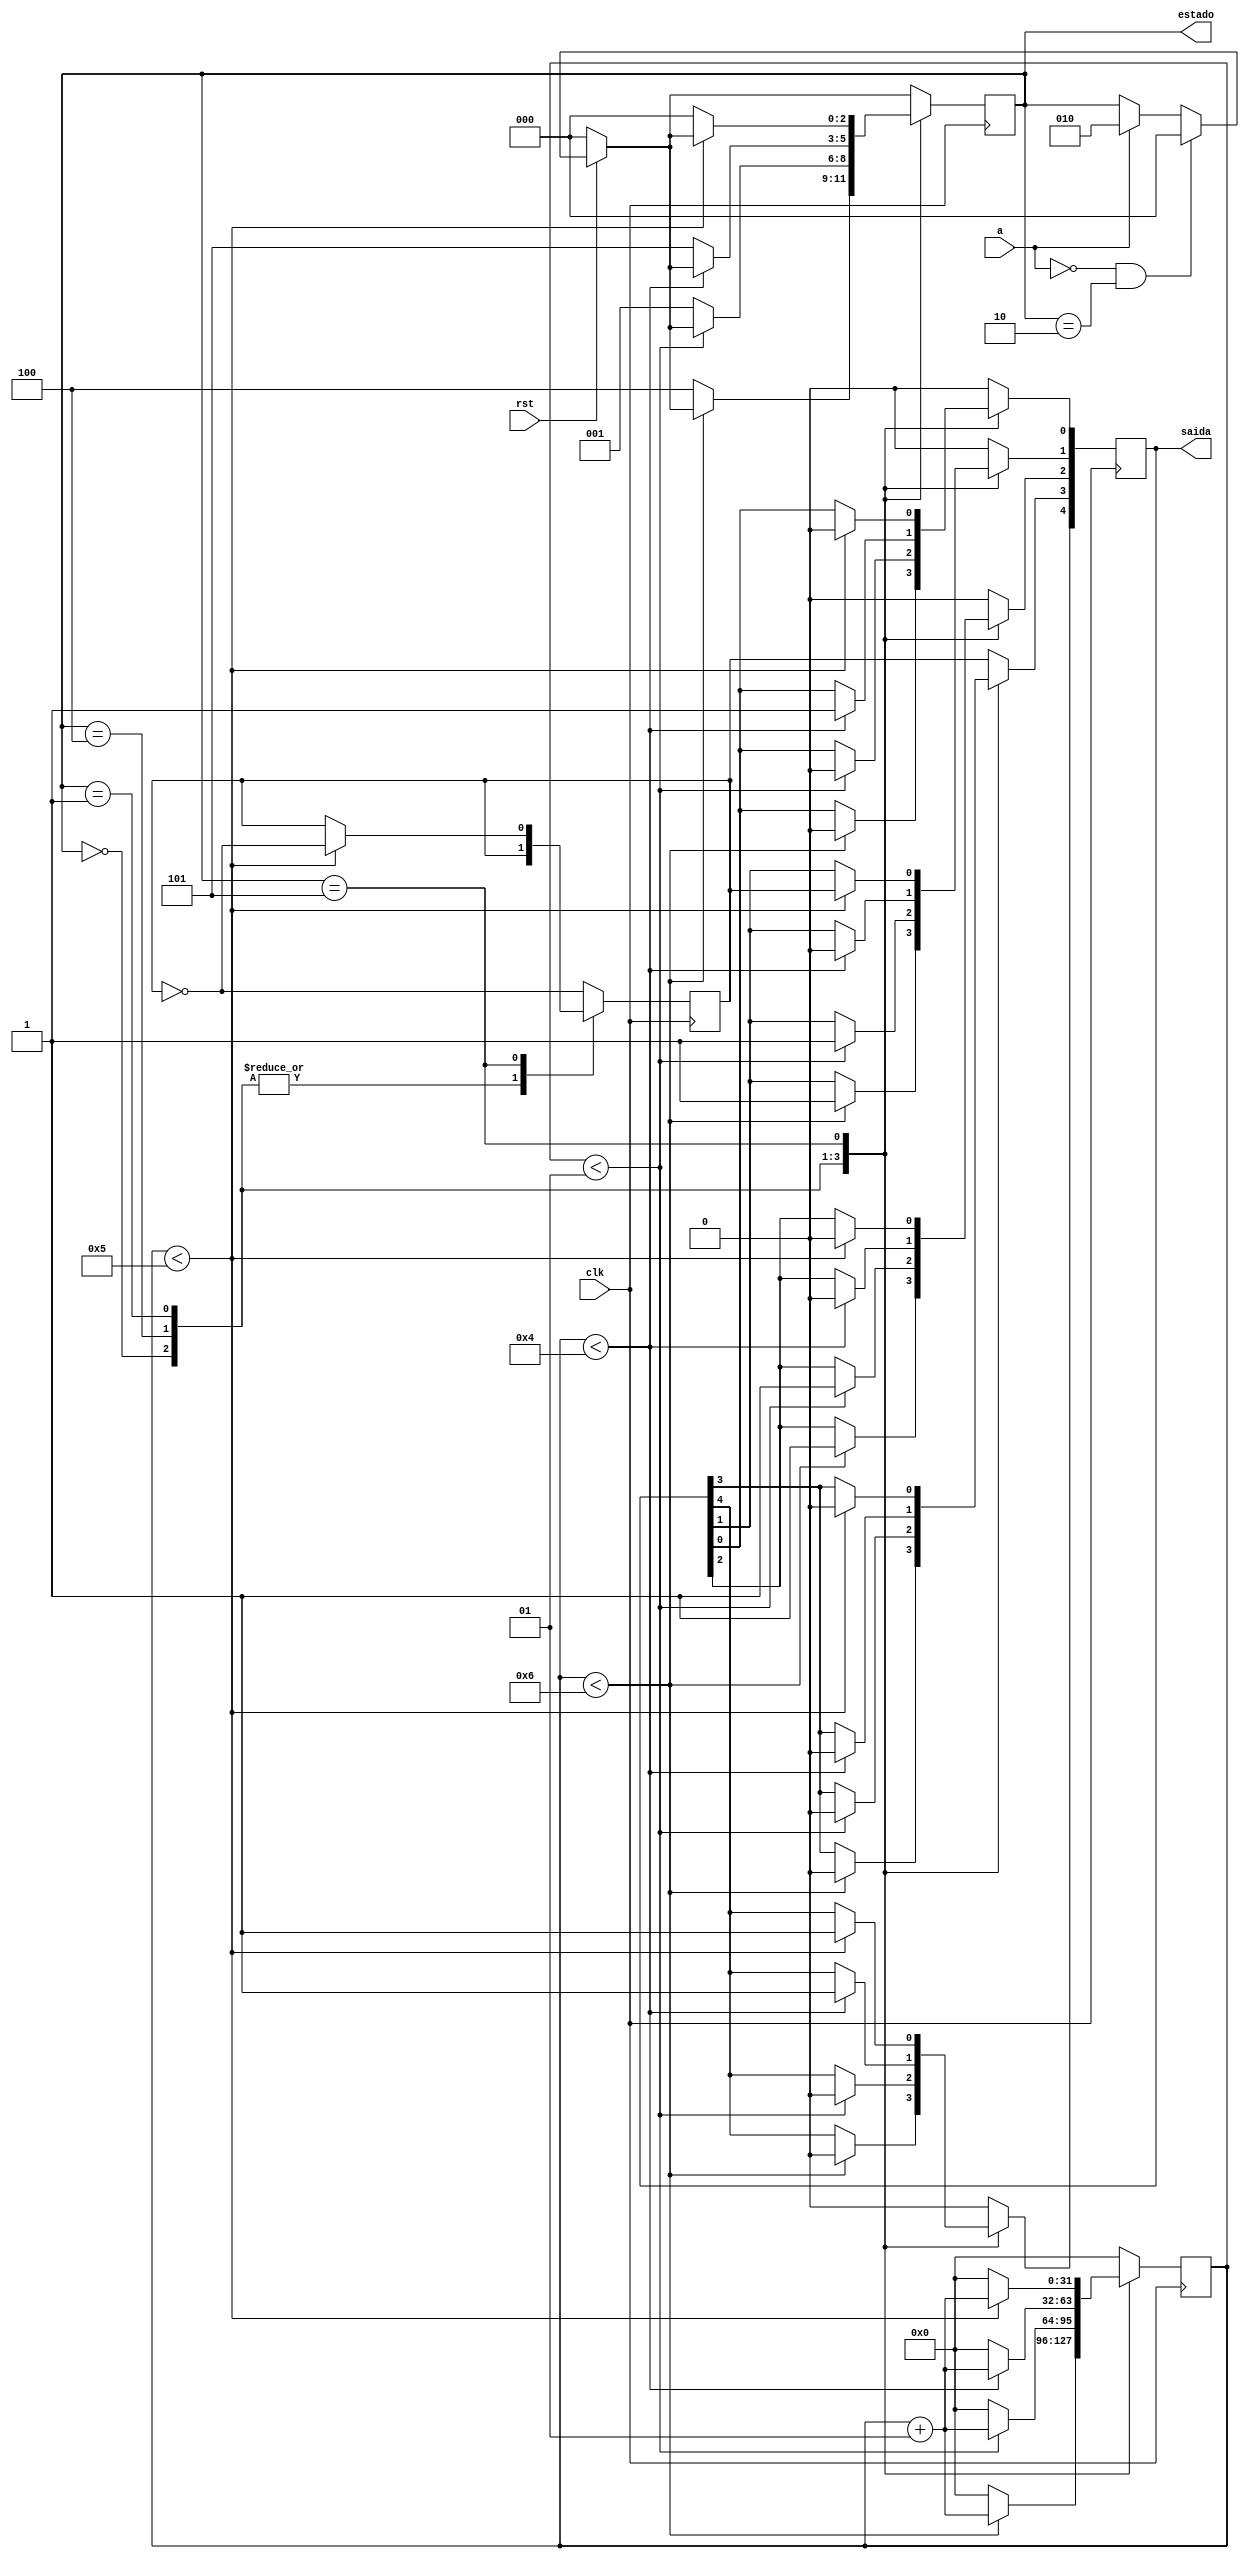
module rom(a, clk, rst, estado, saida);

	input clk;
	input rst;
	input a;

	localparam EST1 = 3'b000, EST2 = 3'b100, EST3 = 3'b001 , EST4 = 3'b101 , EST5 = 3'b110, INDEF = 3'b010;
	
	output reg[2:0] estado;
	output reg[4:0] saida;
	
	integer cont;
	initial cont=0;
	reg bin_cont = 1'b0;
	
	always @(posedge clk) begin
			if (a == 1'b1) begin
				estado <= INDEF;
			end 
			if (a == 1'b0 && estado == INDEF) begin
				estado <= EST1;
			end
			if (rst == 1'b0) begin
				estado <= EST1;
			end 
			
			case(estado)
				EST1: begin
					if(cont < 6) begin
						saida[4] <= 1'b0; //carro vermelho
						saida[3] <= 1'b0; //carro amarelo
						saida[2] <= 1'b1; //carro verde
						saida[1] <= 1'b1; //pedestre vermelho
						saida[0] <= 1'b0; //pedestre verde
						cont <= cont + 1;
					end
					else begin
						estado <= EST2;
						cont <= 0; 
					end		
				end
				EST2: begin
					if(cont < 1) begin
						saida[4] <= 1'b0; //carro vermelho
						saida[3] <= 1'b0; //carro amarelo
						saida[2] <= 1'b1; //carro verde
						saida[1] <= 1'b1; //pedestre vermelho
						saida[0] <= 1'b0; //pedestre verde
						cont <= cont + 1;
					end
					else begin
						estado <= EST3;
						cont <= 0; 
					end		
				end
				EST3: begin
					if(cont < 4) begin
						saida[4] <= 1'b1; //carro vermelho
						saida[3] <= 1'b0; //carro amarelo
						saida[2] <= 1'b0; //carro verde
						saida[1] <= 1'b0; //pedestre vermelho
						saida[0] <= 1'b1; //pedestre verde
						cont <= cont + 1;
					end
					else begin
						estado <= EST4;
						cont <= 0; 
					end		
				end
				EST4: begin
					if(cont < 5) begin
						bin_cont <= ~bin_cont;
					
						saida[4] <= 1'b1; //carro vermelho
						saida[3] <= 1'b0; //carro amarelo
						saida[2] <= 1'b0; //carro verde
						saida[1] <= bin_cont; //pedestre vermelho
						saida[0] <= 1'b0; //pedestre verde
						cont <= cont + 1;
					end
					else begin
						estado <= EST1;
						cont <= 0; 
					end		
				end
				INDEF: begin
					bin_cont <= ~bin_cont;
					
					saida[4] <= 1'b0; //carro vermelho
					saida[3] <= bin_cont; //carro amarelo
					saida[2] <= 1'b0; //carro verde
					saida[1] <= 1'b0; //pedestre vermelho
					saida[0] <= 1'b0; //pedestre verde
					cont <= 0;
					end	
				default: begin
					bin_cont <= ~bin_cont;
					
					saida[4] <= 1'b0; //carro vermelho
					saida[3] <= bin_cont; //carro amarelo
					saida[2] <= 1'b0; //carro verde
					saida[1] <= 1'b0; //pedestre vermelho
					saida[0] <= 1'b0; //pedestre verde
					cont <= 0;
				end
			endcase
		end
endmodule